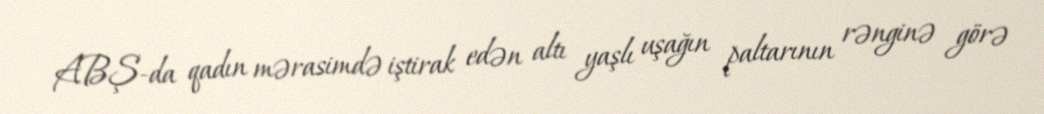
ABŞ-da qadın mərasimdə iştirak edən altı yaşlı uşağın paltarının rənginə görə